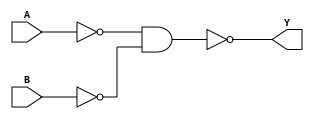
module OR(Y,A,B);
	input A,B;
	output Y;
	wire x,z;
	nand (x,A,A);
	nand (z,B,B);
	nand (Y,x,z);
endmodule

module HALF_ADDER(COUT,SUM,IN0,IN1);
	input IN0,IN1;
	output COUT,SUM;
	wire t1,t2,t3;
	nand(t1,IN0,IN1);
	nand(t2,t1,IN0);
	nand(t3,t1,IN1);
	nand(SUM,t2,t3);
	nand(COUT,t1,t1);
endmodule  	

module FULL_ADDER(COUT,SUM,IN0,IN1,CIN);
	input IN0,IN1,CIN;
	output COUT,SUM;
	wire wc1,wc2,wsum;
	HALF_ADDER Half_Adder_1(wc,wsum,IN0,IN1);
	HALF_ADDER Half_Adder_2(wc2,SUM,wsum,CIN);
	OR or_1(COUT,wc,wc2);
endmodule


module ADDER_4(COUT,SUM,IN0,IN1,CIN);
	input CIN;	
	input[3:0] IN0,IN1;
	output COUT;
	output [3:0] SUM;
	wire[2:0] carry;
	FULL_ADDER Full_Adder_1(carry[0],SUM[0],IN0[0],IN1[0],CIN);
	FULL_ADDER Full_Adder_2(carry[1],SUM[1],IN0[1],IN1[1],carry[0]);
	FULL_ADDER Full_Adder_3(carry[2],SUM[2],IN0[2],IN1[2],carry[1]);
	FULL_ADDER Full_Adder_4(COUT,SUM[3],IN0[3],IN1[3],carry[2]);
endmodule